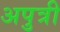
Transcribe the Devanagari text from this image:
अपुत्री